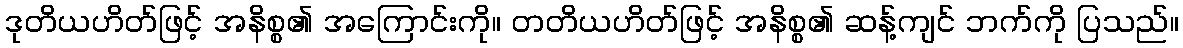
ဒုတိယဟိတ်ဖြင့် အနိစ္စ၏ အကြောင်းကို။ တတိယဟိတ်ဖြင့် အနိစ္စ၏ ဆန့်ကျင် ဘက်ကို ပြသည်။